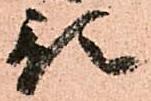
預